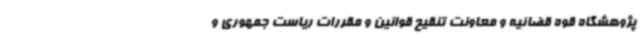
پژوهشگاه قوه قضائیه و معاونت تنقیح قوانین و مقررات ریاست جمهوری و